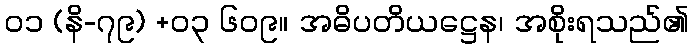
၀၁ (နိ-၇၉) +၀၃ ၆၀၉။ အဓိပတိယဋ္ဌေန၊ အစိုးရသည်၏